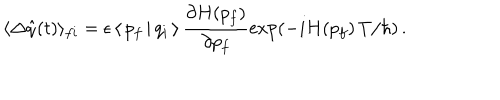
\langle \Delta \hat { q } ( t ) \rangle _ { f i } = \epsilon \, \langle \, p _ { f } \, | \, q _ { i } \, \rangle \, \frac { \partial H ( p _ { f } ) } { \partial p _ { f } } \exp \left( - i H ( p _ { f } ) \, T / \hbar \right) \, .